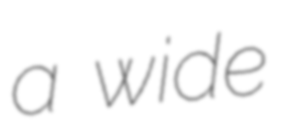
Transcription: a wide